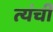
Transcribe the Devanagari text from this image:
त्यंची